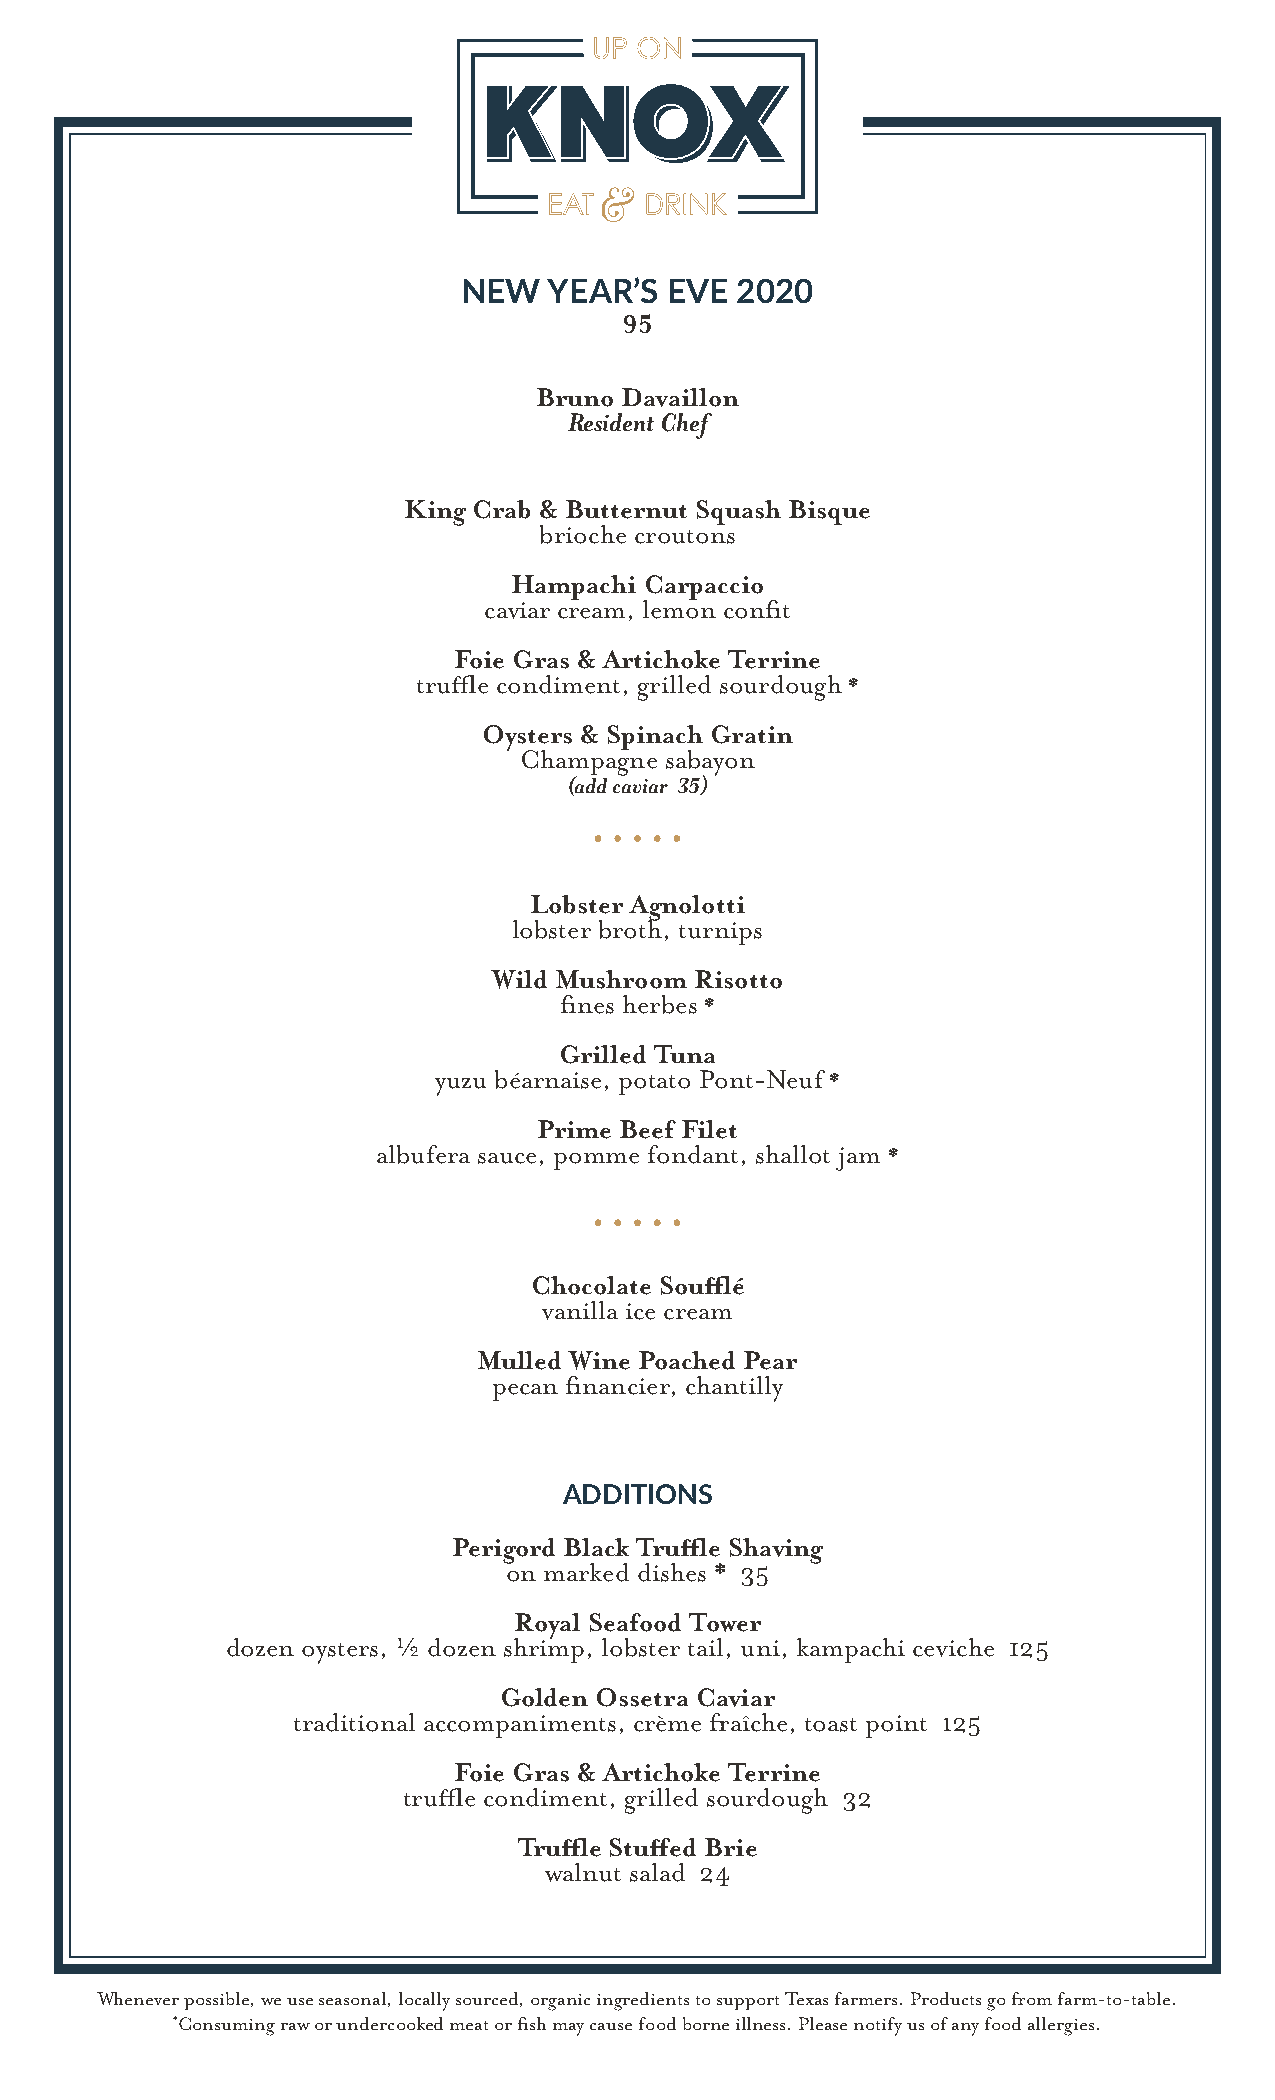
NEW  YEAR’S  EVE  2020
 95
 Bruno Davaillon
 Resident Chef
 King Crab & Butternut Squash Bisque
 brioche croutons
 Hampachi Carpaccio
 caviar cream, lemon confit
 Foie Gras & Artichoke Terrine
 truffle condiment, grilled sourdough *
 Oysters & Spinach Gratin
 Champagne sabayon
 (add caviar 35)
 Lobster Agnolotti
 lobster broth, turnips
 Wild Mushroom Risotto
 fines herbes *
 Grilled Tuna
 yuzu béarnaise, potato Pont-Neuf *
 Prime Beef Filet
 albufera sauce, pomme fondant, shallot jam *
 Chocolate Soufflé
 vanilla ice cream
 Mulled Wine Poached Pear
 pecan financier, chantilly
 ADDITIONS
 Perigord Black Truffle Shaving
 on marked dishes * 35
 Royal Seafood Tower
 dozen oysters, ½ dozen shrimp, lobster tail, uni, kampachi ceviche 125
 Golden Ossetra Caviar
 traditional accompaniments, crème fraîche, toast point 125
 Foie Gras & Artichoke Terrine
 truffle condiment, grilled sourdough 32
 Truffle Stuffed Brie
 walnut salad 24
 Whenever possible, we use seasonal, locally sourced, organic ingredients to support Texas farmers. Products go from farm-to-table.
 *Consuming raw or undercooked meat or fish may cause food borne illness. Please notify us of any food allergies.